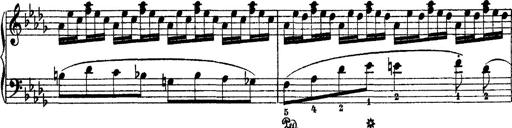
Title: 2 KonzertetÃ¼den
Composer: Franz Liszt